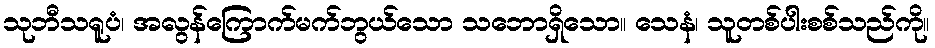
သုဘီသရူပံ၊ အလွန်ကြောက်မက်ဘွယ်သော သဘောရှိသော။ သေနံ၊ သူတစ်ပါးစစ်သည်ကို။